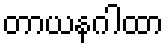
တာယနဂါထာ